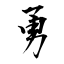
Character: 勇